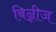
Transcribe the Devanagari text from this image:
बिन्नीज